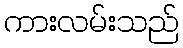
ကားလမ်းသည်